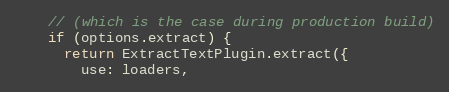
Language: JavaScript
    // (which is the case during production build)
    if (options.extract) {
      return ExtractTextPlugin.extract({
        use: loaders,